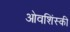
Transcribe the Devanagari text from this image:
ओवशिंस्की